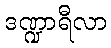
ဒဏ္ဍာရီလာ